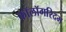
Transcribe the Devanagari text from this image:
कॉलॉगरिदम